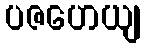
ပဇဟေယျ